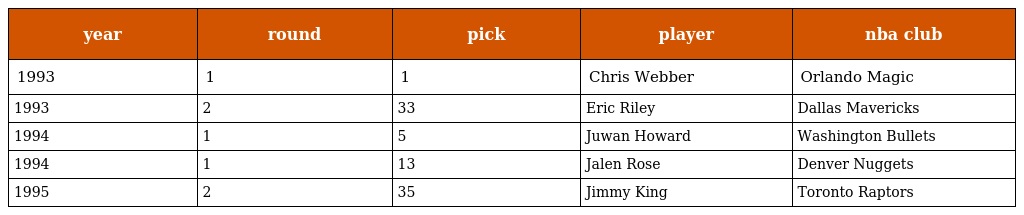
| year | round | pick | player | nba club |
 | --- | --- | --- | --- | --- |
 | 1993 | 1 | 1 | Chris Webber | Orlando Magic |
 | 1993 | 2 | 33 | Eric Riley | Dallas Mavericks |
 | 1994 | 1 | 5 | Juwan Howard | Washington Bullets |
 | 1994 | 1 | 13 | Jalen Rose | Denver Nuggets |
 | 1995 | 2 | 35 | Jimmy King | Toronto Raptors |